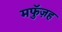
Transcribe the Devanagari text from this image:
मफुॅज़ह